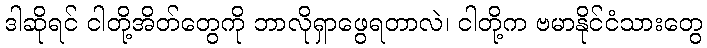
ဒါဆိုရင် ငါတို့အိတ်တွေကို ဘာလိုရှာဖွေရတာလဲ၊ ငါတို့က ဗမာနိုင်ငံသားတွေ